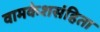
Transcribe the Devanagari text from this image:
वामकेशसंहिता